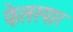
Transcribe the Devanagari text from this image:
फेलस्पार